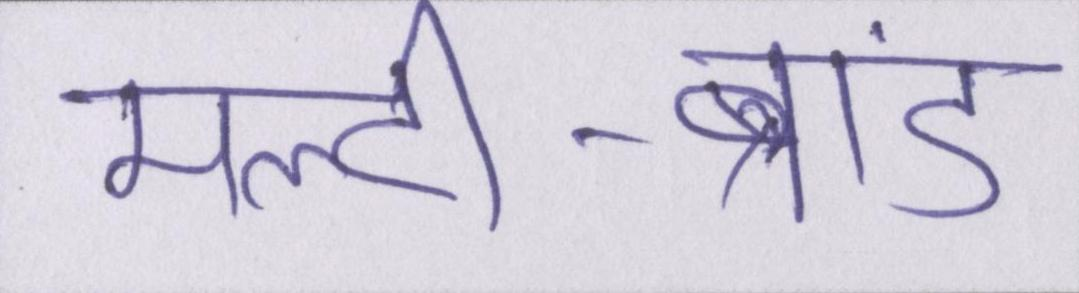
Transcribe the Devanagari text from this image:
मल्टी-ब्रांड